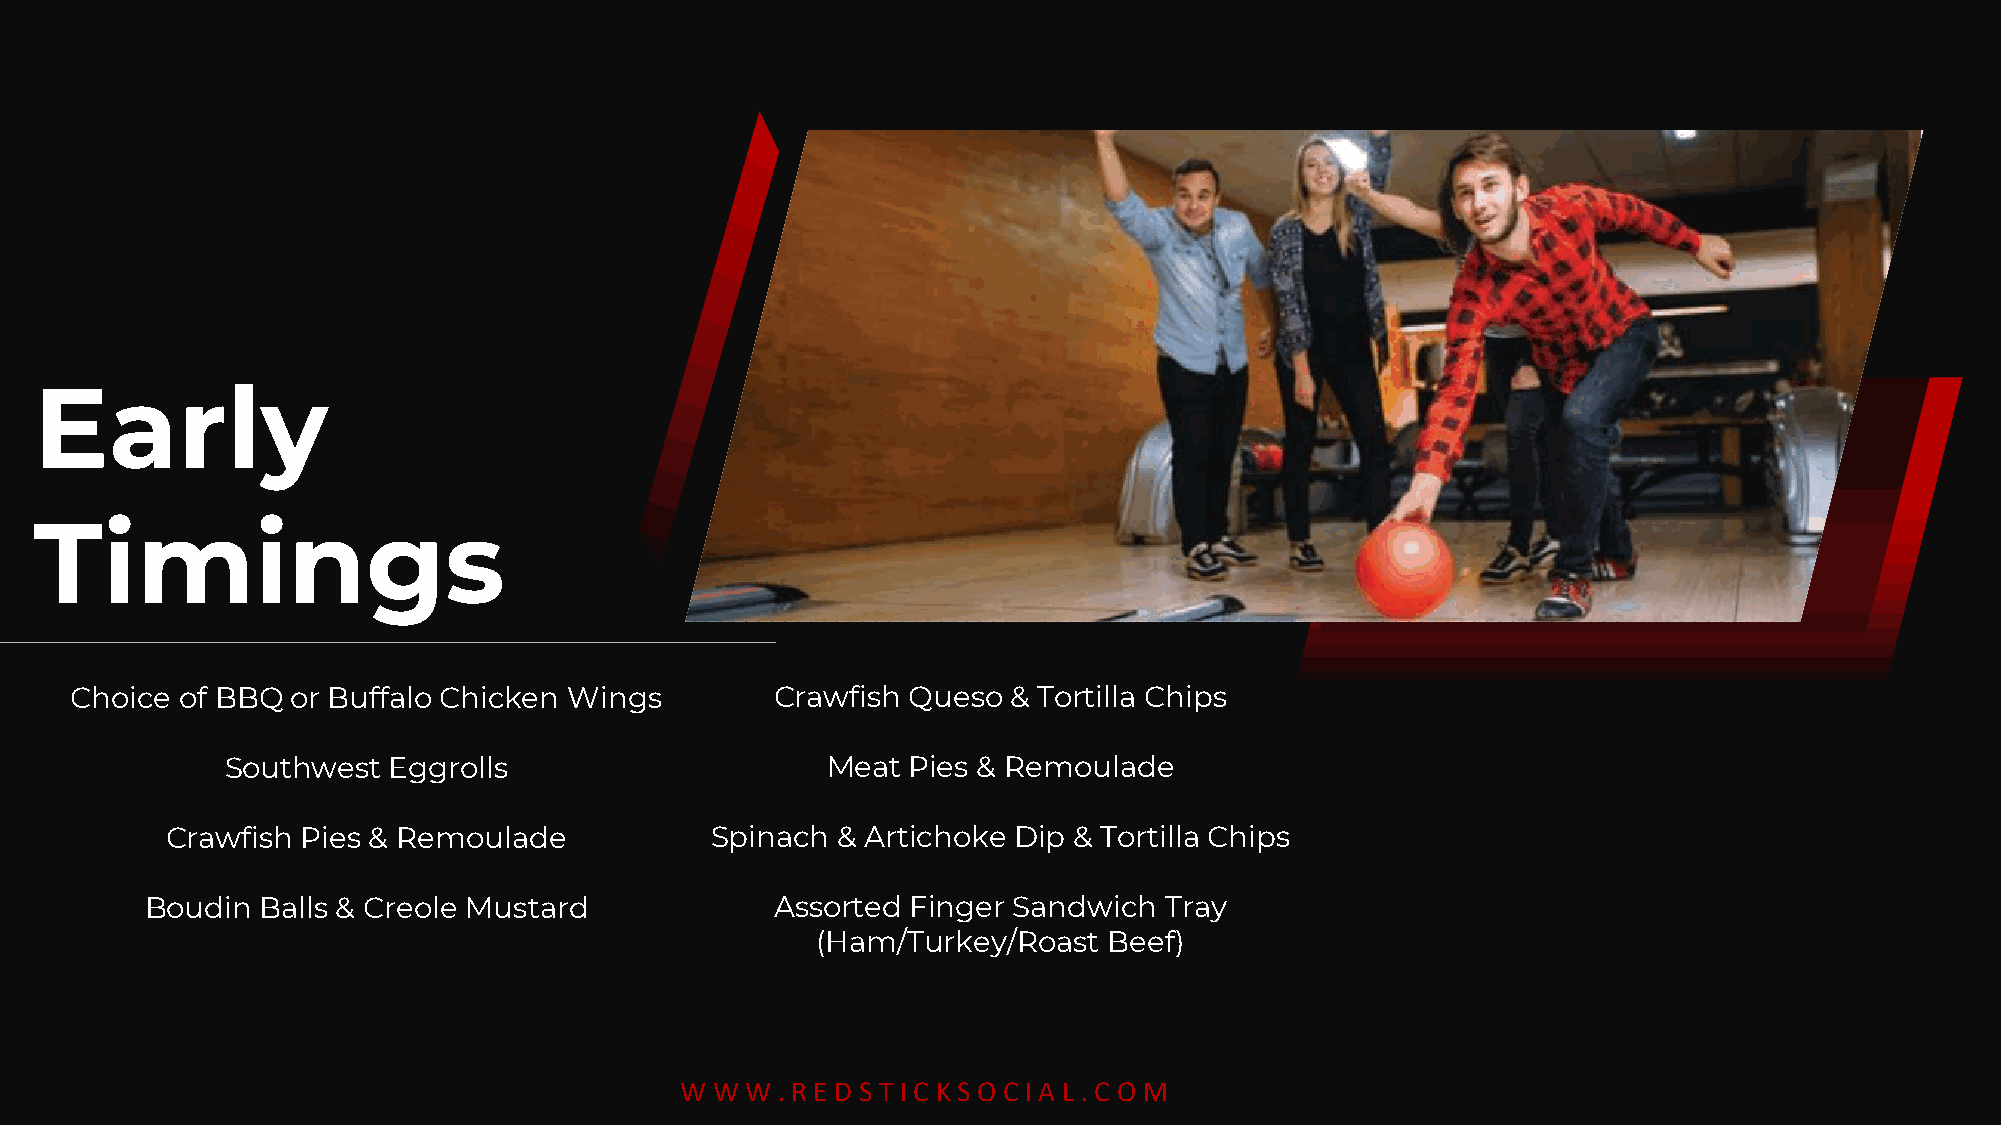
Early
 Timings
 Choice of BBQ or Buffalo Chicken Wings        Crawfish Queso  & Tortilla Chips
 Southwest  Eggrolls                     Meat Pies & Remoulade
 Crawfish Pies & Remoulade           Spinach & Artichoke Dip & Tortilla Chips
 Boudin Balls & Creole Mustard            Assorted Finger Sandwich  Tray
 (Ham/Turkey/Roast  Beef)
 W W W . R E D S T I C K S O C I A L . C O M